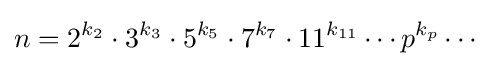
n=2^{k_{2}}\cdot 3^{k_{3}}\cdot 5^{k_{5}}\cdot 7^{k_{7}}\cdot 11^{k_{11}}\cdots p^{k_{p}}\cdots